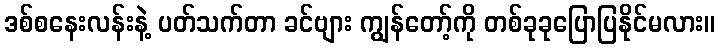
ဒစ်စနေးလန်းနဲ့ ပတ်သက်တာ ခင်ဗျား ကျွန်တော့်ကို တစ်ခုခုပြောပြနိုင်မလား။